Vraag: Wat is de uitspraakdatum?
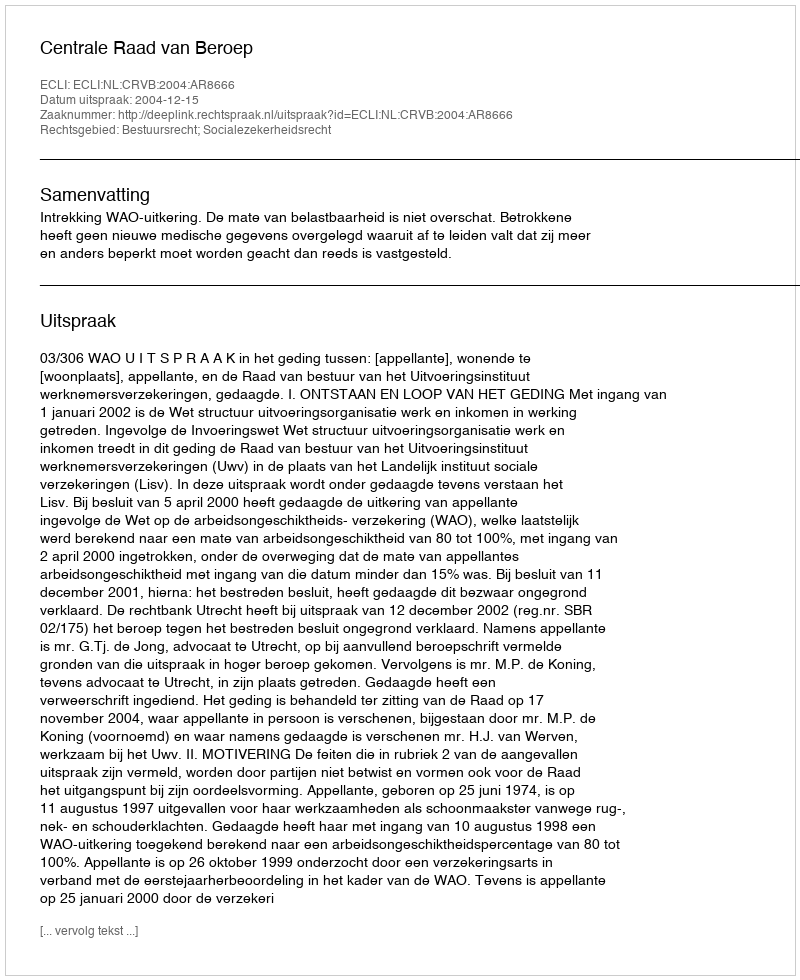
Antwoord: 2004-12-15